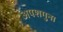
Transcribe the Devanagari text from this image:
अपशगुन।